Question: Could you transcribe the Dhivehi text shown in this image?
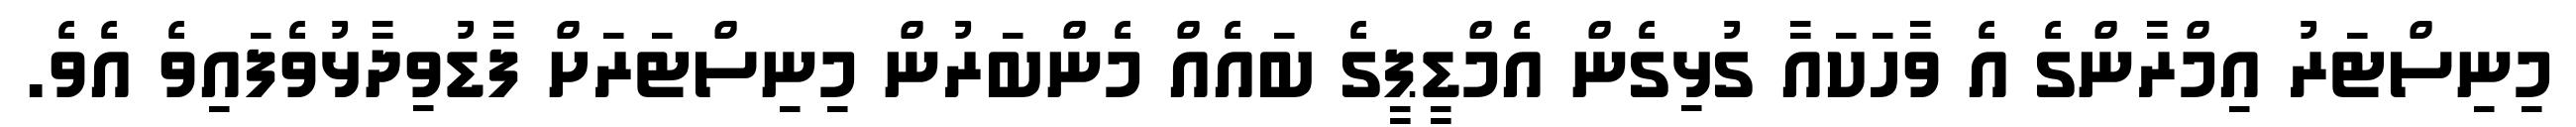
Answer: މިނިސްޓަރު އިމްރާންގެ އެ ވާހަކައާ ގުޅިގެން އެމްޑީޕީގެ ބައެއް މެންބަރުން މިނިސްޓަރަށް ފާޑުވިދާޅުވެފައިވެ އެވެ.